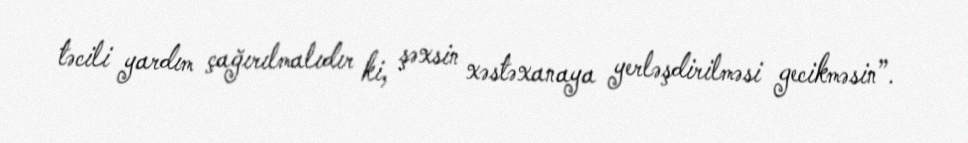
təcili yardım çağırılmalıdır ki, şəxsin xəstəxanaya yerləşdirilməsi gecikməsin”.